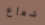
شعاع